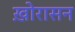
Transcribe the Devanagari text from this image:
ख़ोरासन